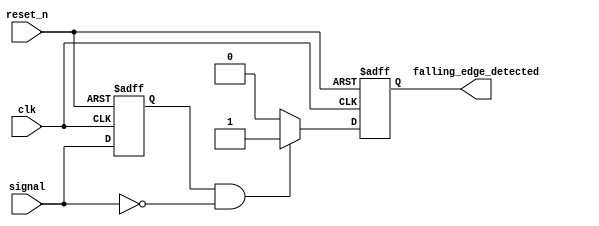
module falling_edge_detector (
    input wire clk,               // System clock
    input wire reset_n,           // Active low asynchronous reset
    input wire signal,            // Input signal to detect falling edge
    output reg falling_edge_detected // Output pulse for falling edge detection
);

    reg signal_d; // D flip-flop to store the previous state of the input signal

    // D Flip-Flop to sample the input signal on the rising edge of the clock
    always @(posedge clk or negedge reset_n) begin
        if (!reset_n) begin
            signal_d <= 1'b0; // Reset the stored signal
        end else begin
            signal_d <= signal; // Capture the current signal state
        end
    end

    // Falling edge detection logic
    always @(posedge clk or negedge reset_n) begin
        if (!reset_n) begin
            falling_edge_detected <= 1'b0; // Reset output
        end else begin
            // Detect falling edge: current signal is low and previous signal was high
            if (signal_d == 1'b1 && signal == 1'b0) begin
                falling_edge_detected <= 1'b1; // Assert output pulse
            end else begin
                falling_edge_detected <= 1'b0; // Deassert output pulse
            end
        end
    end

endmodule